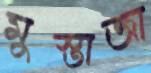
মুস্তাজা